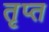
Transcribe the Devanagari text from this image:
तृप्‍त